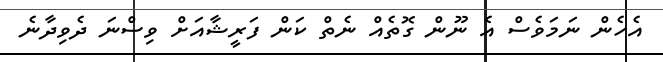
އެހެން ނަމަވެސް އެ ނޫން ގޮތެއް ނެތް ކަން ފަރީޝާއަށް ވިސްނަ ދެވިދާނެ